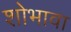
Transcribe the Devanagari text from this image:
शोभावा